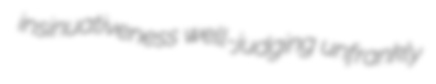
insinuativeness well-judging unfrankly